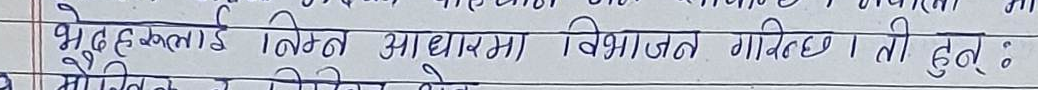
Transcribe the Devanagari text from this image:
भूमूहकलाई निम्न आधारमा विभाजन गरिन्छ । ती हुन् :